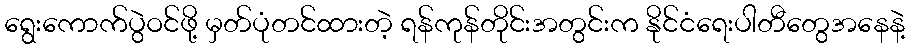
ရွေးကောက်ပွဲဝင်ဖို့ မှတ်ပုံတင်ထားတဲ့ ရန်ကုန်တိုင်းအတွင်းက နိုင်ငံရေးပါတီတွေအနေနဲ့